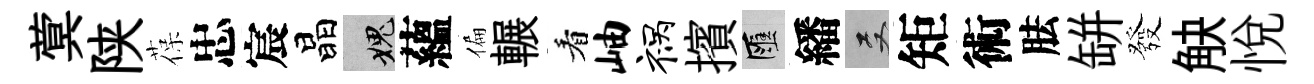
蓂陕葆忠宸晶愧蘊偏輾看岫祸擯匯繙双矩術胠缾發觖悦